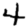
Digit: 4